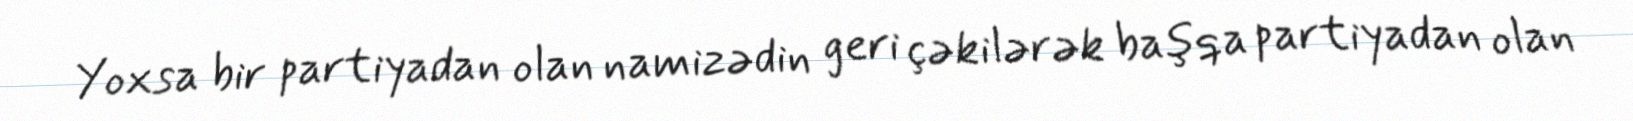
Yoxsa bir partiyadan olan namizədin geri çəkilərək başqa partiyadan olan